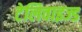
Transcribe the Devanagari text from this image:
टेलिवाइज्ड